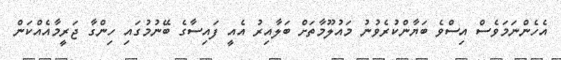
އެހެންނަމަވެސް އިސްވެ ބަޔާންކުރެވުނު މައުލޫމާތަށް ބަލާއިރު އެއީ ފައިސާގެ ބޭނުމުގައި ހިންގާ ޖަރީމާއެއްކަން